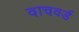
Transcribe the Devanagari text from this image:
वाचवर्ड